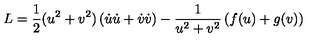
L = \displaystyle \frac { 1 } { 2 } ( u ^ { 2 } + v ^ { 2 } ) \left( \dot { u } \dot { u } + \dot { v } \dot { v } \right) - \displaystyle \frac { 1 } { u ^ { 2 } + v ^ { 2 } } \left( f ( u ) + g ( v ) \right)